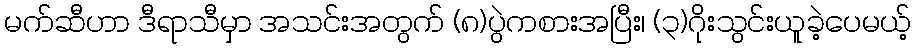
မက်ဆီဟာ ဒီရာသီမှာ အသင်းအတွက် (၈)ပွဲကစားအပြီး၊ (၃)ဂိုးသွင်းယူခဲ့ပေမယ့်